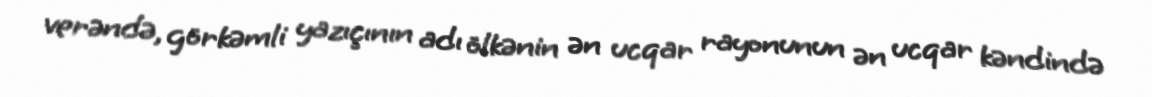
verəndə, görkəmli yazıçının adı ölkənin ən ucqar rayonunun ən ucqar kəndində